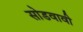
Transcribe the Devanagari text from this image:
सोडवावी